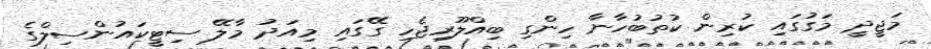
މަޖީދީ މަގުގައި ކުރިން ކުތުބުހާނާ ހިންގި ބިއްލޫރިޖެހި ގޭގައި މިއަދު މާލޭ ސިޓީކައުންސިލްގެ